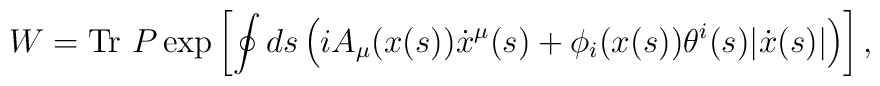
W = {\rm Tr}~ P \exp\left[ \oint ds \left(i A_\mu(x(s)) \dot x^\mu(s)         +  \phi_i(x(s)) \theta^i(s) |\dot x(s)| \right) \right],